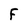
Character: F